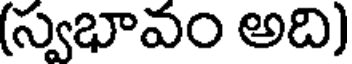
(స్వభావం అది)